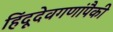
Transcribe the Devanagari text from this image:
हिंदूदेवगणांपैकी